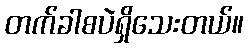
တက်ခါစပဲရှိသေးတယ်။